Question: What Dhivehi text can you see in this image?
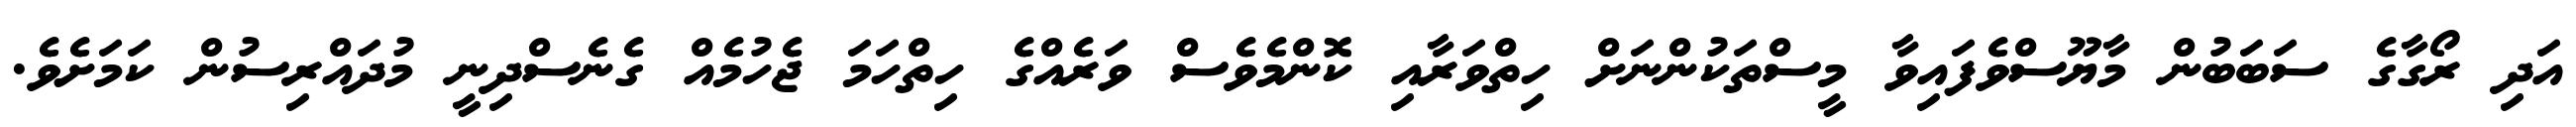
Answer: އަދި ރޯގާގެ ސަބަބުން މާޔޫސްވެފައިވާ މީސްތަކުންނަށް ހިތްވަރާއި ކޮންމެވެސް ވަރެއްގެ ހިތްހަމަ ޖެހުމެއް ގެނެސްދިނީ މުދައްރިސުން ކަމަށެވެ.